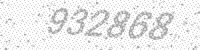
Solution: 932868